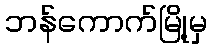
ဘန်ကောက်မြို့မှ